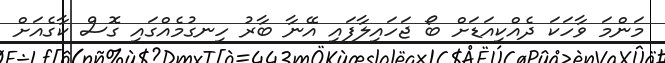
މަންމަ ވާހަކަ ދެއްކިއަޑަށް ބޯ ޖަހައިލާފައި އޭނާ ބާރު ހިނގުމެއްގައި ގޮސް ކާގެއަށް